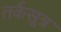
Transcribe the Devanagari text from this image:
तर्कसूत्र